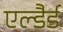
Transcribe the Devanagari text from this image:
एल्डैर्ड